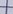
Text: +